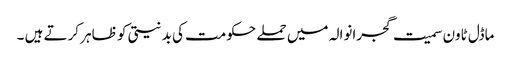
ماڈل ٹاون سمیت گجرانوالہ میں حملے حکومت کی بد نیتی کو ظاہر کرتے ہیں ۔